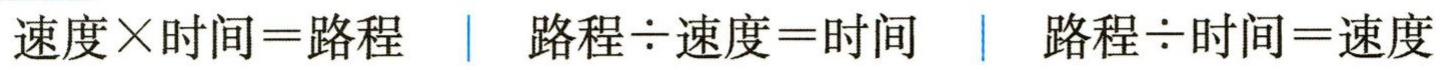
\(速度\times时间 = 路程 \quad | \quad 路程\div速度 = 时间 \quad | \quad 路程\div时间 = 速度\)